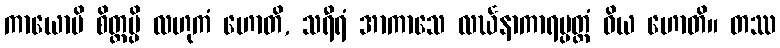
ကာယောပိ စိတ္တမ္ပိ လဟုကံ ဟောတိ, သရီရံ အာကာသေ လင်္ဃနာကာရပ္ပတ္တံ ဝိယ ဟောတိ။ တဿ